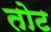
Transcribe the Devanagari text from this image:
तोट